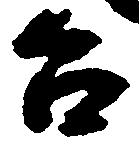
台